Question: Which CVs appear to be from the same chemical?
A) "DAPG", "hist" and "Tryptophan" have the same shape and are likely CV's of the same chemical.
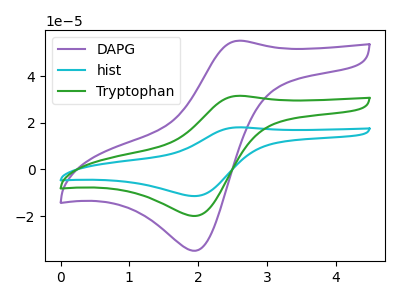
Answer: <think>The purple curve "DAPG" has an anodic peak at (2.60V, 55.10uA) and a cathodic peak at (1.95V, -34.80uA). The cyan curve "hist" has an anodic peak at (2.60V, 63.05uA) and a cathodic peak at (1.95V, -39.80uA). The green curve "Tryptophan" has an anodic peak at (2.60V, 31.50uA) and a cathodic peak at (1.95V, -19.90uA).
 All the peaks in "DAPG" have a peak in "hist" at the same potential. Every peak in "DAPG" is lower than every peak in "hist". All the peaks in "DAPG" have a peak in "Tryptophan" at the same potential. Every peak in "DAPG" is higher than every peak in "Tryptophan". All the peaks in "hist" have a peak in "Tryptophan" at the same potential. Every peak in "hist" is higher than every peak in "Tryptophan".</think>
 <answer>A) "DAPG", "hist" and "Tryptophan" have the same shape and are likely CV's of the same chemical.</answer>
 <eval>A</eval>